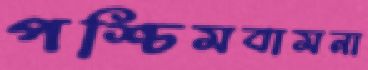
পশ্চিমবামনা